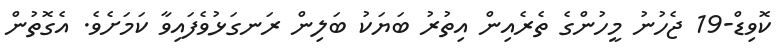
ކޮވިޑް-19 ޖެހުނު މީހުންގެ ތެރެއިން އިތުރު ބަޔަކު ބަލިން ރަނގަޅުވެފައިވާ ކަމަށެވެ. އެގޮތުން